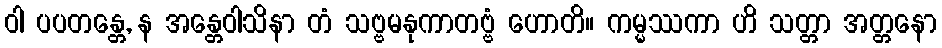
ဝါ ပပတန္တေ, န အန္တေဝါသိနာ တံ သဗ္ဗမနုကာတဗ္ဗံ ဟောတိ။ ကမ္မဿကာ ဟိ သတ္တာ အတ္တနော